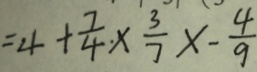
= 4 + \frac { 7 } { 4 } \times \frac { 3 } { 7 } \times - \frac { 4 } { 9 }